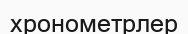
хронометрлер